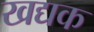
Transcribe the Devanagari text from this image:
खद्यक